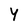
Character: Y